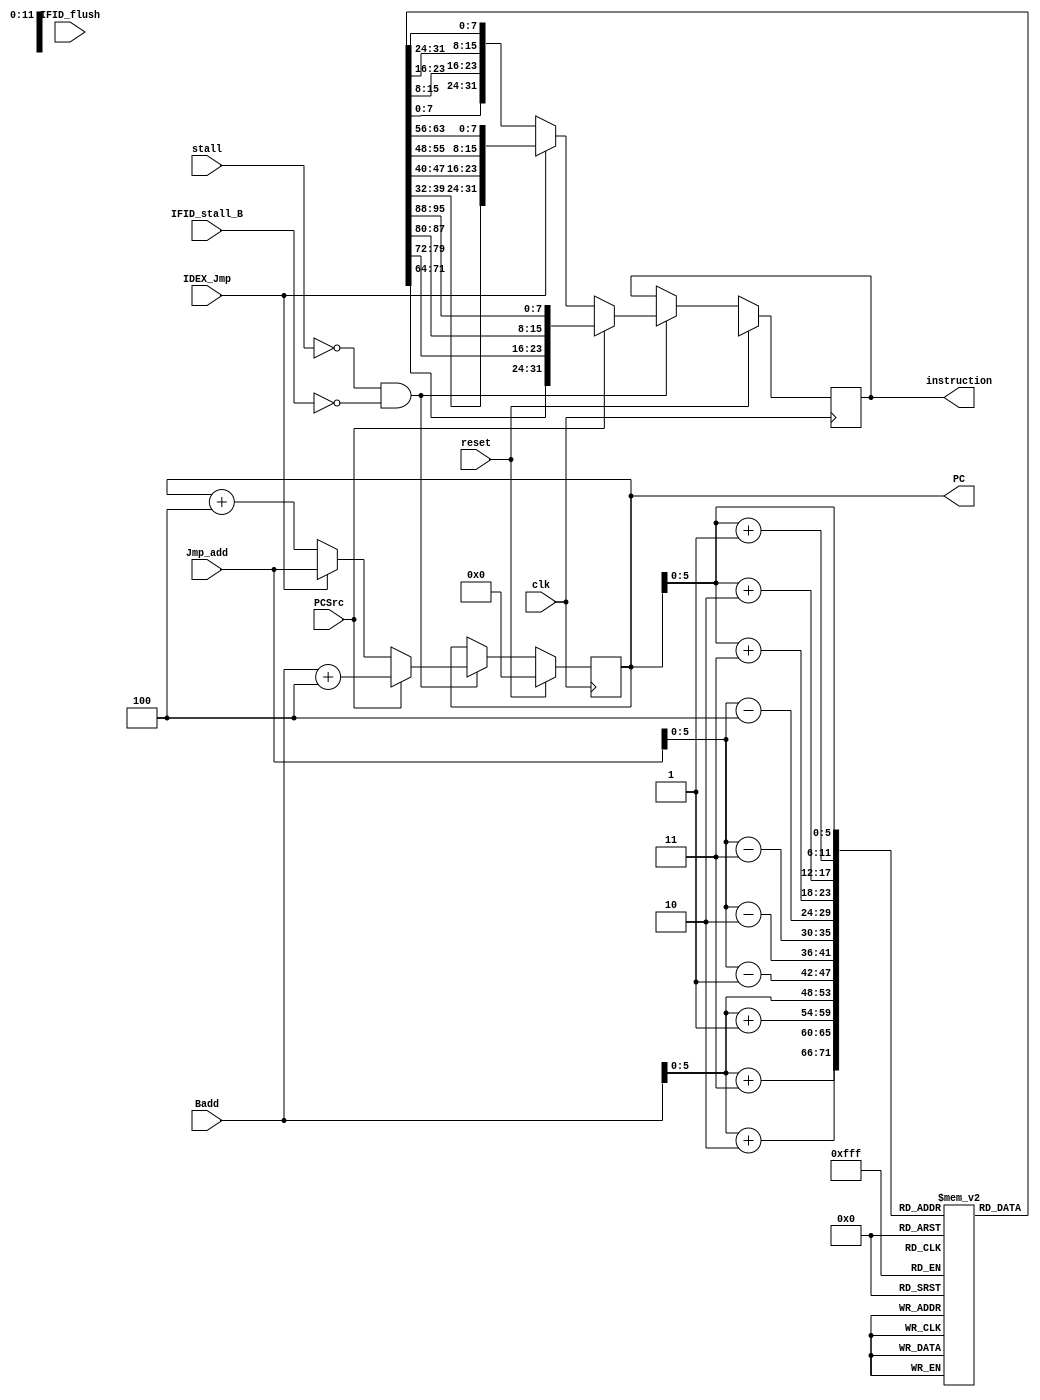
`timescale 1ns / 1ps
//////////////////////////////////////////////////////////////////////////////////
// Company: 
// Engineer: 
// 
// Design Name: 
// Module Name: Instruction_memory
// Project Name: 
// Target Devices: 
// Tool Versions: 
// Description: 
// 
// Dependencies: 
// 
// Revision:
// Revision 0.01 - File Created
// Additional Comments:
// 
//////////////////////////////////////////////////////////////////////////////////

module Instruction_memory(
    input clk,
    input reset,
    input PCSrc,
    input IDEX_Jmp, 
    input stall,
    input IFID_stall_B,
    input [31:0] Badd,
    input [31:0] Jmp_add, 
    input IFID_flush,
    output reg [31:0] instruction,
    output reg [31:0] PC
);

reg [7:0] Ins_Mem [0:63];
reg stall_B_reg;
reg [31:0] reg_ins;
reg [31:0] reg_ins_jmp;
initial begin
    PC <= 0;
    stall_B_reg <= 0;
    
    
//    Ins_Mem[0]  = 8'b10001100;
//    Ins_Mem[1]  = 8'b01000001; // LW reg1,2(reg2); 8c41002   PC = 04
//    Ins_Mem[2]  = 8'b00000000;         
//    Ins_Mem[3]  = 8'b00000010;

////    Ins_Mem[4] = 8'b00010001;           
////    Ins_Mem[5] = 8'b01101100; // BEQ reg11,reg12(1); 11610001   PC = 08
////    Ins_Mem[6] = 8'b00000000;
////    Ins_Mem[7] = 8'b00000001;

//    Ins_Mem[4]  = 8'b10001100;
//    Ins_Mem[5]  = 8'b00100100;
//    Ins_Mem[6]  = 8'b00000000; // LW reg4,4(reg1); 8c24004     PC = 08
//    Ins_Mem[7]  = 8'b00000100;
    
       
////    Ins_Mem[8] = 8'b00010001;           
////    Ins_Mem[9] = 8'b01101100; // BEQ reg11,reg12(1); 11610001   PC = 0c
////    Ins_Mem[10] = 8'b00000000;
////    Ins_Mem[11] = 8'b00000011;
    
//    Ins_Mem[8]  = 8'b10101100;           
//    Ins_Mem[9]  = 8'b10000100; // SW reg4,4(reg 2); ac440004   PC = 0c
//    Ins_Mem[10] = 8'b00000000;
//    Ins_Mem[11] = 8'b00000100;
    
////    Ins_Mem[12]  = 8'b00001000;           
////    Ins_Mem[13]  = 8'b00000000; // Jump 4;        PC = 10
////    Ins_Mem[14] = 8'b00000000;
////    Ins_Mem[15] = 8'b00000001; 

//    Ins_Mem[12] = 8'b00000000;
//    Ins_Mem[13] = 8'b01100101; // SUB reg6,reg3,reg5; 00653022  PC = 14
//    Ins_Mem[14] = 8'b00110000;
//    Ins_Mem[15] = 8'b00100010;
        
//    Ins_Mem[16] = 8'b00000000;
//    Ins_Mem[17] = 8'b11000111; // XOR reg8,reg6,reg7; 00c74026   PC = 18
//    Ins_Mem[18] = 8'b01000000;                                  
//    Ins_Mem[19] = 8'b00100110;

//    Ins_Mem[20] = 8'b00110101;           
//    Ins_Mem[21] = 8'b01001001;  // ORI reg9,reg10,22; 35490015   PC = 1c
//    Ins_Mem[22] = 8'b00000000;
//    Ins_Mem[23] = 8'b00010101;
    
//    Ins_Mem[24] = 8'b00000000;           
//    Ins_Mem[25] = 8'b10000111;  // SLT reg13,reg6,reg7   PC = 20
//    Ins_Mem[26] = 8'b01101000;
//    Ins_Mem[27] = 8'b00101010;

    Ins_Mem[0]  = 8'b10001100;
    Ins_Mem[1]  = 8'b01000001; // LW reg1,2(reg2); 8c41002   PC = 04   reg 1 = 4 
    Ins_Mem[2]  = 8'b00000000;         
    Ins_Mem[3]  = 8'b00000010;
    
    Ins_Mem[4]  = 8'b10001100;
    Ins_Mem[5]  = 8'b01000011; // LW reg3,0(reg2); 8c43000   PC = 08   reg 3 = 2
    Ins_Mem[6]  = 8'b00000000;         
    Ins_Mem[7]  = 8'b00000000;

    Ins_Mem[8] =  8'b00010000;           
    Ins_Mem[9] =  8'b00000011; // BEQ reg3,reg 0(8); 1003000b   PC = 0c
    Ins_Mem[10] = 8'b00000000;
    Ins_Mem[11] = 8'b00001000;
        
    Ins_Mem[12] = 8'b00000000;           
    Ins_Mem[13] = 8'b01100001;  // SLT reg4,reg3,reg1  0061202a   PC = 10
    Ins_Mem[14] = 8'b00100000;
    Ins_Mem[15] = 8'b00101010;
    
    Ins_Mem[16] =  8'b00010000;           
    Ins_Mem[17] =  8'b00000100; // BEQ reg4,reg 0(2); 10040003   PC = 14
    Ins_Mem[18] = 8'b00000000;
    Ins_Mem[19] = 8'b00000010;
    
    Ins_Mem[20] = 8'b00000000;
    Ins_Mem[21] = 8'b00100011; // SUB reg1,reg1,reg3; 00230822  PC = 18
    Ins_Mem[22] = 8'b00001000;
    Ins_Mem[23] = 8'b00100010;
    
    Ins_Mem[24] = 8'b00001000;           
    Ins_Mem[25] = 8'b00000000; // Jump 3;    08000003        PC = 1c
    Ins_Mem[26] = 8'b00000000;
    Ins_Mem[27] = 8'b00000011;
    
    Ins_Mem[28] = 8'b10101100;           
    Ins_Mem[29] = 8'b01000001; // SW reg1,4(reg 2); ac410004   PC = 20                
    Ins_Mem[30] = 8'b00000000;
    Ins_Mem[31] = 8'b00000100;
    
    Ins_Mem[32] = 8'b00000000;
    Ins_Mem[33] = 8'b01100000; // ADD reg1,reg3,reg0; 00600820  PC = 24
    Ins_Mem[34] = 8'b00001000;
    Ins_Mem[35] = 8'b00100000;
    
    Ins_Mem[36]  = 8'b10001100;
    Ins_Mem[37]  = 8'b01000011; // LW reg3,4(reg2); 8c4   PC = 28
    Ins_Mem[38]  = 8'b00000000;         
    Ins_Mem[39]  = 8'b00000100;
    
    Ins_Mem[40] = 8'b00001000;           
    Ins_Mem[41] = 8'b00000000; // Jump 3;        08000003     PC = 2c
    Ins_Mem[42] = 8'b00000000;
    Ins_Mem[43] = 8'b00000011;
    
    Ins_Mem[44] = 8'b10101100;           
    Ins_Mem[45] = 8'b01000001; // SW reg1,6(reg 2); ac440004   PC = 30
    Ins_Mem[46] = 8'b00000000;
    Ins_Mem[47] = 8'b00000110;    
                                               
    
end
always@(*)begin
    reg_ins <= {Ins_Mem[Badd], Ins_Mem[Badd + 1], Ins_Mem[Badd + 2], Ins_Mem[Badd + 3]};
    reg_ins_jmp <= {Ins_Mem[Jmp_add - 4], Ins_Mem[Jmp_add - 3], Ins_Mem[Jmp_add - 2], Ins_Mem[Jmp_add - 1]};
end

always@(*)begin
    stall_B_reg <= IFID_stall_B;
end
always @(posedge clk) begin
    if (reset) begin
        PC <= 32'b0;
        instruction <= 32'bx;
//    end else if (PC >= 64) begin
//        PC <= 32'b0;
//        instruction <= 32'bx;
    end else if (!stall && !stall_B_reg) begin
        if (PCSrc) begin
            PC <= Badd+4;
            instruction <= reg_ins;
        end else if(IDEX_Jmp)begin
            PC <= Jmp_add;
            instruction <= reg_ins_jmp;           
        end else begin
            PC <= PC + 4;
            instruction <= {Ins_Mem[PC], Ins_Mem[PC + 1], Ins_Mem[PC + 2], Ins_Mem[PC + 3]};
        end
//        if (!reset && !stall && PC < 40 && !stall_B_reg) begin
//            instruction <= {Ins_Mem[PC], Ins_Mem[PC + 1], Ins_Mem[PC + 2], Ins_Mem[PC + 3]};
//            $display("PC: %d", PC);
//            $display("instruction: %d", instruction);
//        end
    end
end
//always @(posedge clk)begin
//    if(reset || PC >= 40)begin 
//        PC <= 32'b0;
//        instruction <= 32'bx;
//    end
//    else if (PCSrc == 1)begin
//        PC <= Badd +4;
//        instruction <= {Ins_Mem[PC], Ins_Mem[PC + 1], Ins_Mem[PC + 2], Ins_Mem[PC + 3]};
//    end
//    else begin
//        if(PC < 40)begin
//            if(stall == 0)begin
//                PC <= PC +4;
//                instruction <= {Ins_Mem[PC], Ins_Mem[PC + 1], Ins_Mem[PC + 2], Ins_Mem[PC + 3]};
//            end
//        end
//    end
////    if(!reset && PC <= 40)begin
////        if(stall == 0 && IFID_stall_B == 0)begin
////            instruction <= {Ins_Mem[PC], Ins_Mem[PC + 1], Ins_Mem[PC + 2], Ins_Mem[PC + 3]};
////        end
////        else instruction <= 32'bx;
////    end
     
//end

endmodule